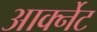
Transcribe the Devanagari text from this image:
आर्क्नेट